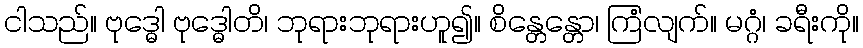
ငါသည်။ ဗုဒ္ဓေါ ဗုဒ္ဓေါတိ၊ ဘုရားဘုရားဟူ၍။ စိန္တေန္တော၊ ကြံလျက်။ မဂ္ဂံ၊ ခရီးကို။